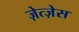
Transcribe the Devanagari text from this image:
ज़ेत्ज़ेस